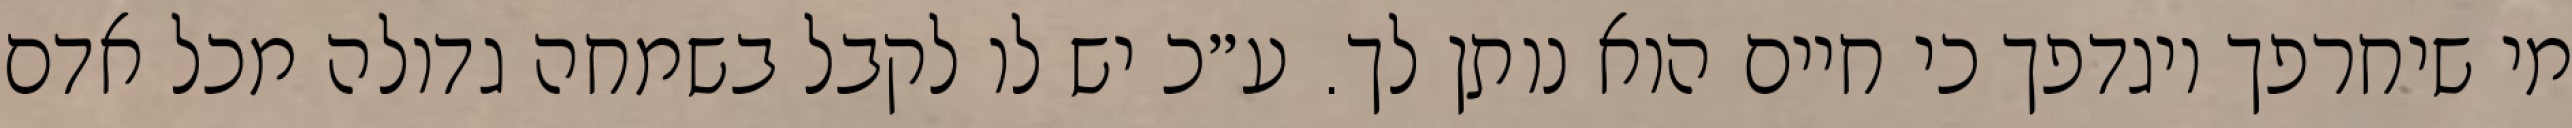
מי שיחרפך ויגדפך כי חיים הוא נותן לך. ע״כ יש לו לקבל בשמחה גדולה מכל אדם